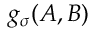
g _ { \sigma } ( A , B )